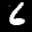
Label: 6